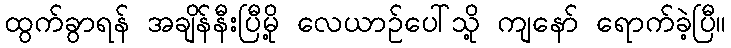
ထွက်ခွာရန် အချိန်နီးပြီမို့ လေယာဉ်ပေါ်သို့ ကျနော် ရောက်ခဲ့ပြီ။